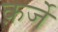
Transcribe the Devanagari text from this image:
क़र्जे